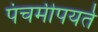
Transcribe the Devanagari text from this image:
पंचमीपयर्त